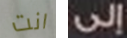
انت إلى